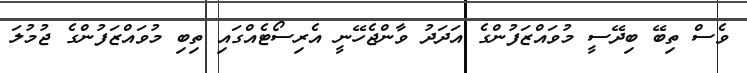
ވެސް ތިބޭ ބިދޭސީ މުވައްޒަފުންގެ އަދަދު ވާންޖެހޭނީ އެރިސޯޓެއްގައި ތިބި މުވައްޒަފުންގެ ޖުމުލަ